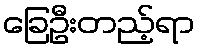
ခြေဦးတည့်ရာ